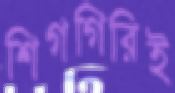
শিগগিরিই